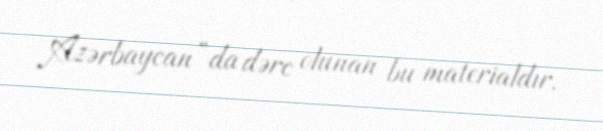
Azərbaycan”da dərc olunan bu materialdır.